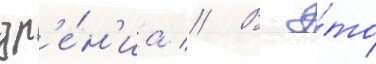
зр'е́н'иа // В э́то